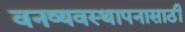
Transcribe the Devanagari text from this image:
वनव्यवस्थापनासाठी